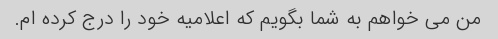
من می خواهم به شما بگویم که اعلامیه خود را درج کرده ام.